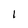
Character: 1